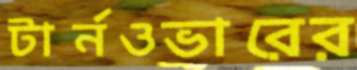
টার্নওভারের